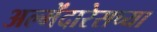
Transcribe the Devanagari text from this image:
अल्मेंदारेसच्या